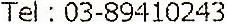
TEL : 03-89410243